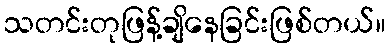
သတင်းတုဖြန့်ချိနေခြင်းဖြစ်တယ်။